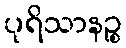
ပုရိသာနဉ္စ